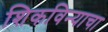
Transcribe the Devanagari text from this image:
शिकविन्याचा